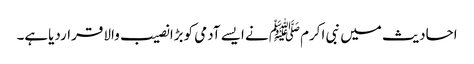
احادیث میں نبی اکرمﷺ نے ایسے آدمی کوبڑا نصیب والا قراردیاہے۔